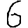
Digit: 6